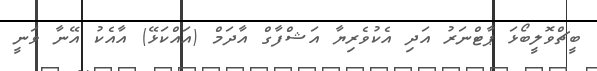
ބީޗްވޮލީބޯޅަ ޕާޓްނަރު އަދި އެކުވެރިޔާ އަޝްފާގް އާދަމް (އައްކަޅޭ) އާއެކު އޭނާ ވަނީ